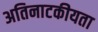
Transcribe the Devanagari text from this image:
अतिनाटकीयता